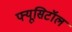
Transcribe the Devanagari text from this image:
फ्यूसिटॉल